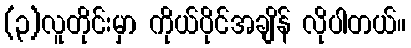
(၃)လူတိုင်းမှာ ကိုယ်ပိုင်အချိန် လိုပါတယ်။